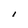
Character: I